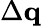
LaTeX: \Delta\mathbf{q}